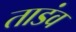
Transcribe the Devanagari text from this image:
ताडंव